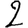
Digit: 2